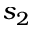
s _ { 2 }